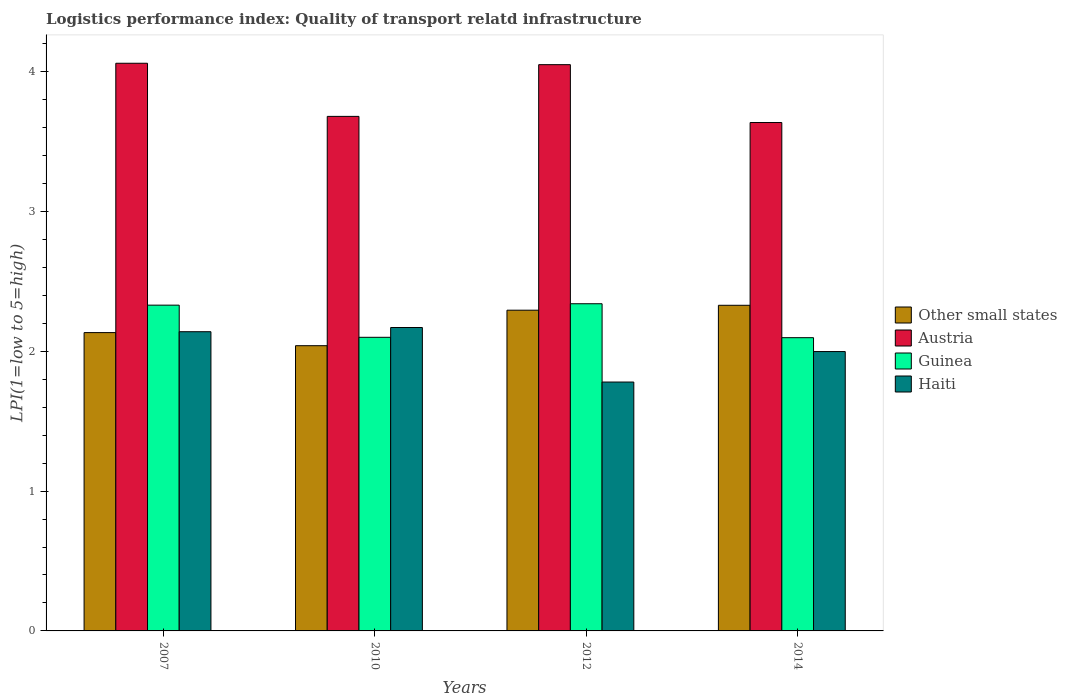
| Years | Other small states | Austria | Guinea | Haiti |
 | --- | --- | --- | --- | --- |
 | 2007 | 2.13 | 4.06 | 2.33 | 2.14 |
 | 2010 | 2.04 | 3.68 | 2.1 | 2.17 |
 | 2012 | 2.29 | 4.05 | 2.34 | 1.78 |
 | 2014 | 2.33 | 3.64 | 2.1 | 2 |